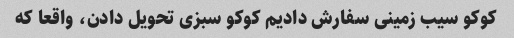
کوکو سیب زمینی سفارش دادیم کوکو سبزی تحویل دادن، واقعا که